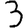
Digit: 3